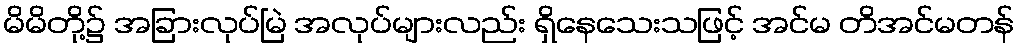
မိမိတို့၌ အခြားလုပ်မြဲ အလုပ်များလည်း ရှိနေသေးသဖြင့် အင်မ တိအင်မတန်